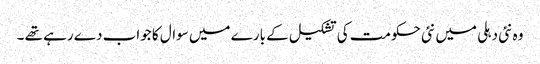
وہ نئی دہلی میں نئی حکومت کی تشکیل کے بارے میں سوال کا جواب دے رہے تھے ۔